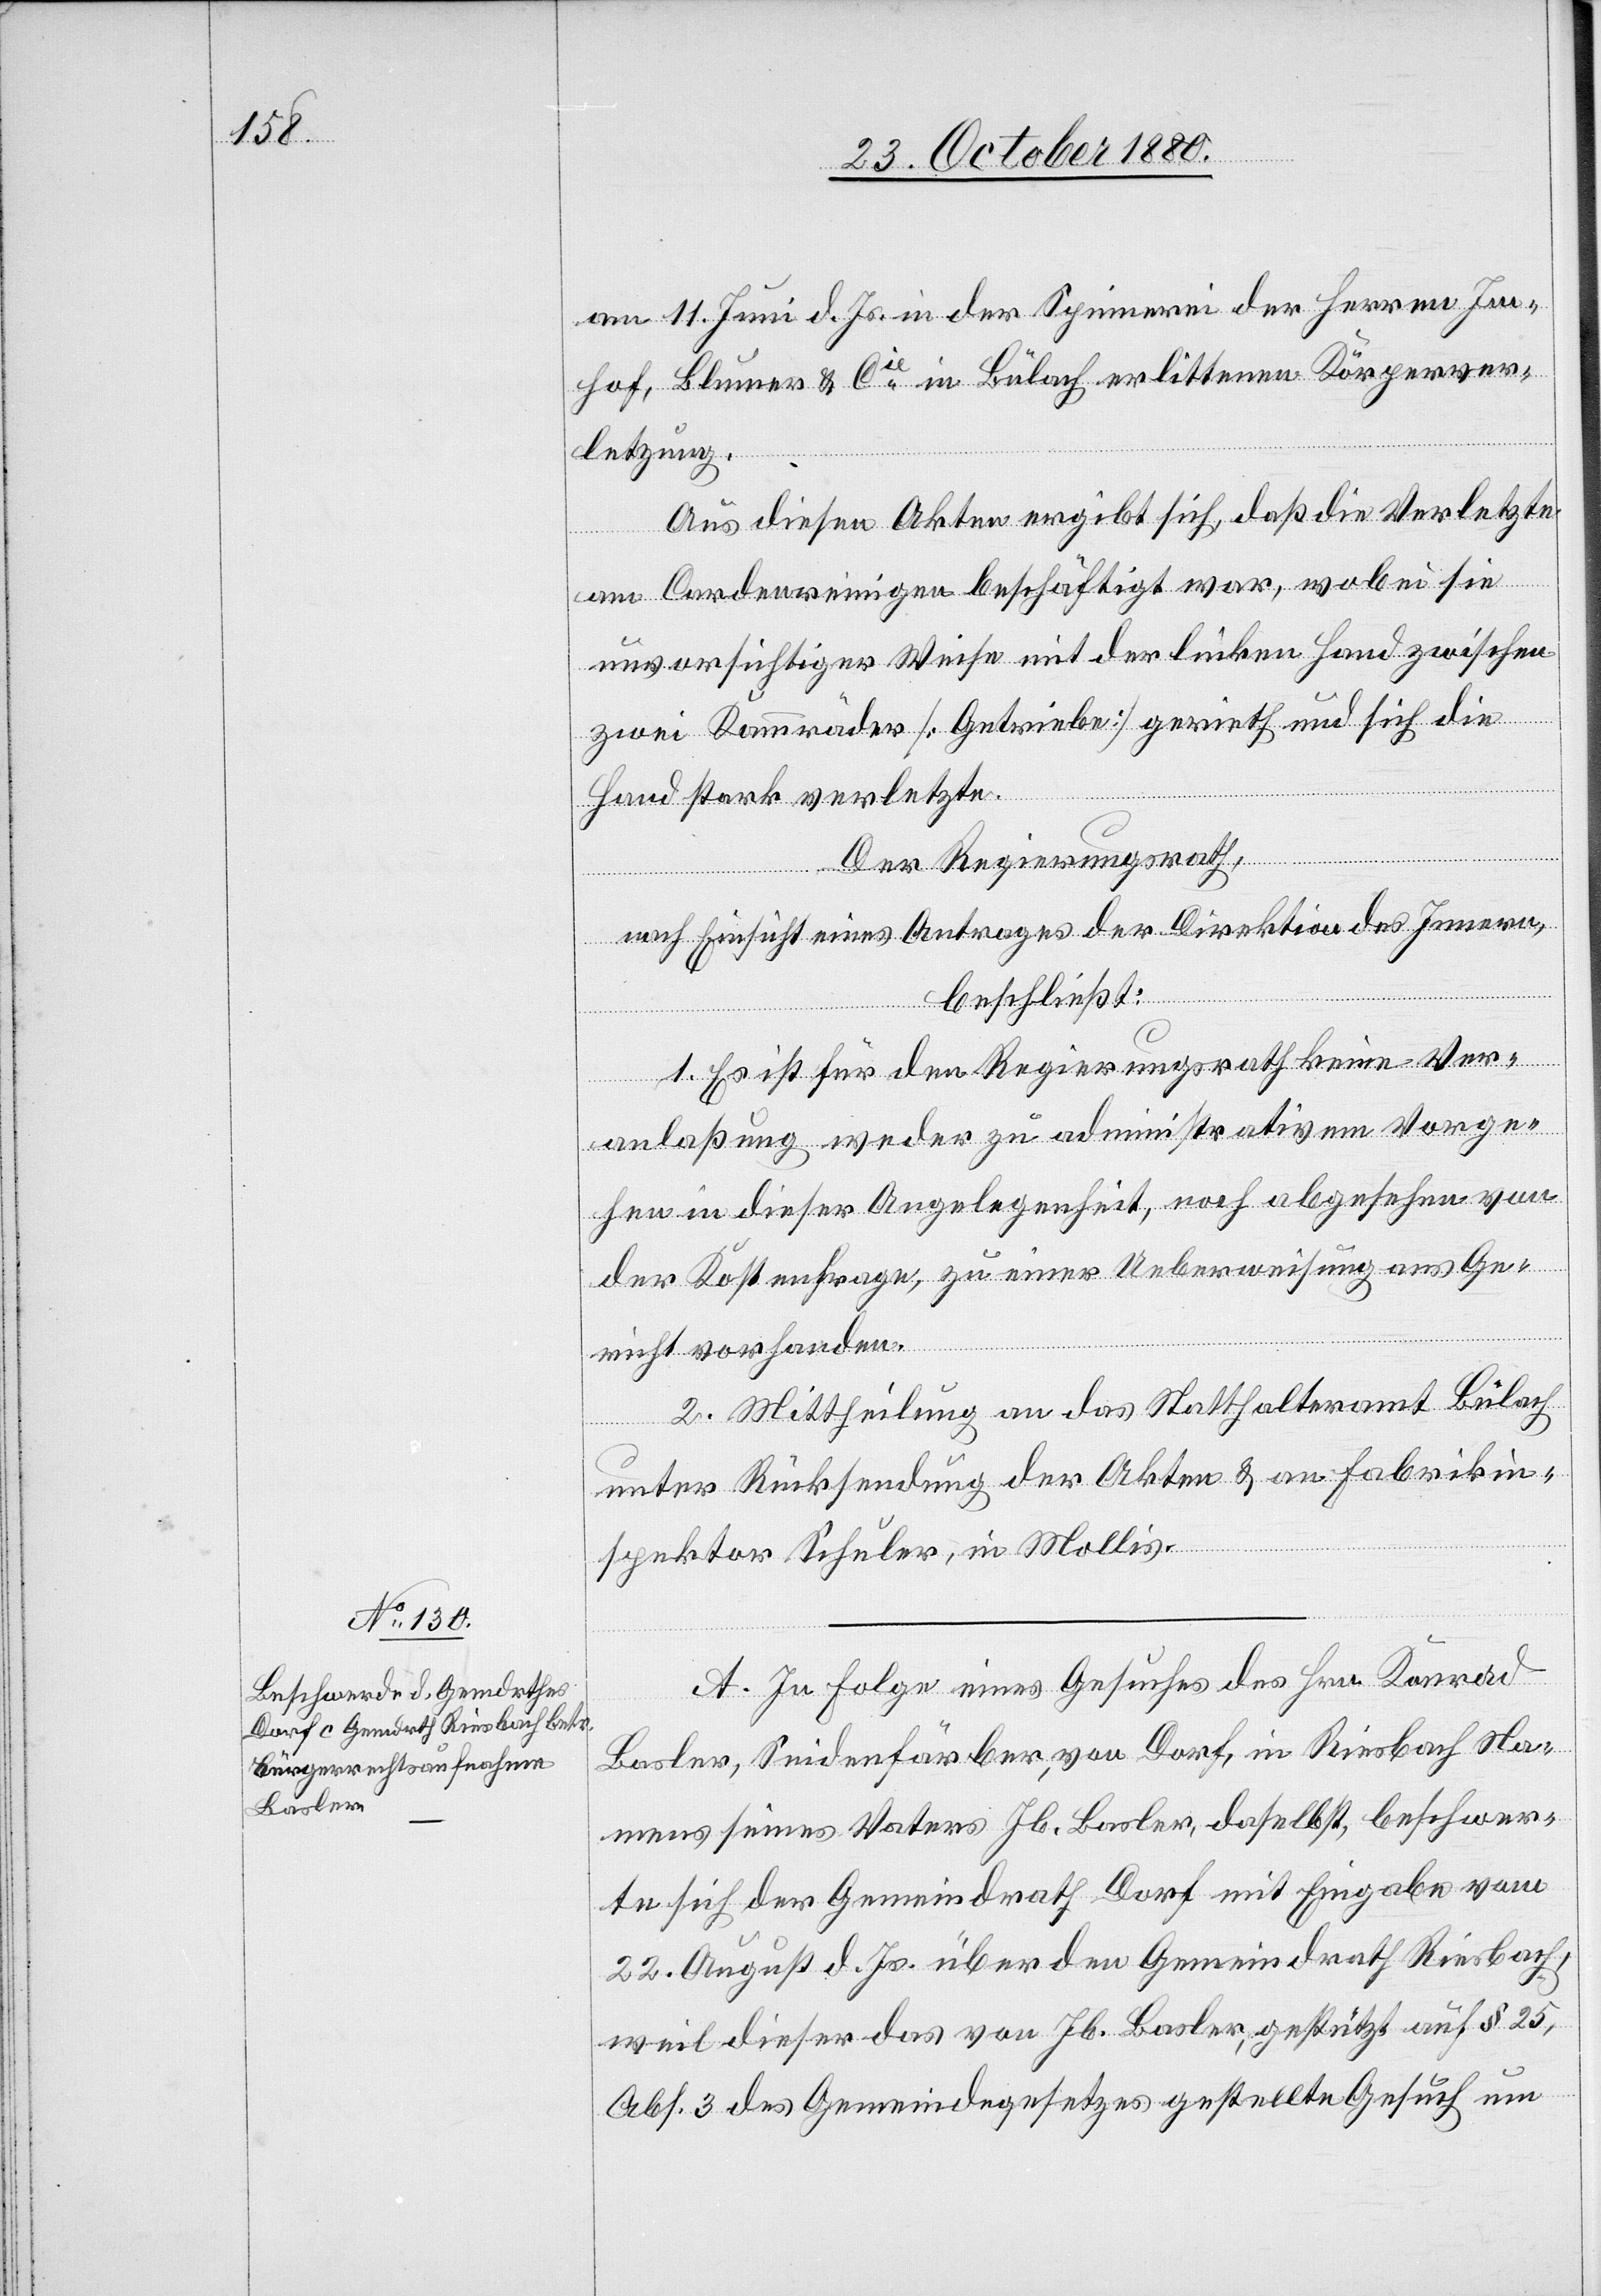
am 11. Juni d. Js. in der Spinnerei der Herren Im¬
hof, Blumer & Cie in Bülach erlittenen Körperver¬
letzung.
Aus diesen Akten ergibt sich, daß die Verletzte
am Cardenreinigen beschäftigt war, wobei sie
unvorsichtiger Weise mit der linken Hand zwischen
zwei Kammräder [Getriebe] gerieth und sich die
Hand stark verletzte.
Der Regierungsrath,
nach Einsicht eines Antrages der Direktion des Innern,
beschließt:
1. Es ist für den Regierungsrath keine Ver¬
anlaßung weder zu administrativem Vorge¬
hen in dieser Angelegenheit, noch abgesehen von
der Kostenfrage, zu einer Ueberweisung ans Ge¬
richt vorhanden.
2. Mittheilung an das Statthalteramt Bülach
unter Rücksendung der Akten & an Fabrikin¬
spektor Schuler, in Mollis.
A. In Folge eines Gesuches des Hrn. Konrad
Basler, Seidenfärber, von Dorf, in Riesbach Na¬
mens seines Vaters Jb. Basler, daselbst, beschwer¬
te sich der Gemeindrath Dorf mit Eingabe vom
22. August d. Js. über den Gemeindrath Riesbach,
weil dieser das von Jb. Basler, gestützt auf § 25,
Abs. 3 des Gemeindegesetzes gestellte Gesuch um